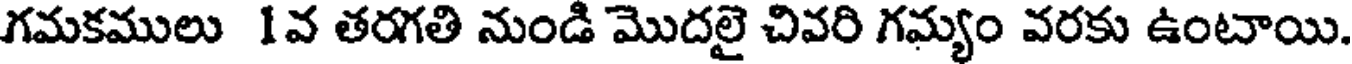
గమకములు 1వ తరగతి నుండి మొదలై చివరి గమ్యం వరకు ఉంటాయి.